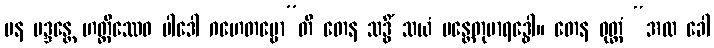
ပန မဒ္ဒန္တေ ဟတ္ထိဿေဝ ပါဒေါ ဂဟေတဗ္ဗော”တိ တေန သဒ္ဓိံ သယံ မန္တေတုမာရဒ္ဓေါ။ တေန ဝုတ္တံ “အထ ခေါ